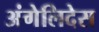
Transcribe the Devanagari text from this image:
अंगेलिदेस